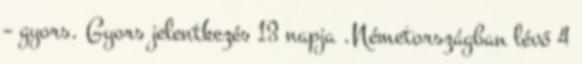
– gyors. Gyors jelentkezés 13 napja .Németországban lévő 4